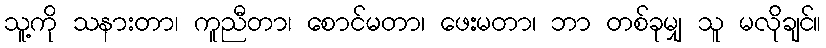
သူ့ကို သနားတာ၊ ကူညီတာ၊ စောင်မတာ၊ ဖေးမတာ၊ ဘာ တစ်ခုမျှ သူ မလိုချင်။